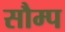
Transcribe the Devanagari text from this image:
सौम्प